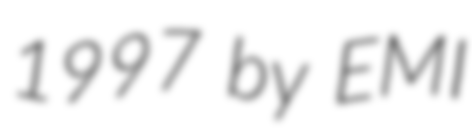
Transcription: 1997 by EMI